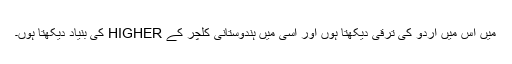
میں اس میں اردو کی ترقی دیکھتا ہوں اور اسی میں ہندوستانی کلچر کے HIGHER کی بنیاد دیکھتا ہوں۔